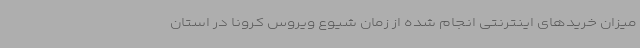
میزان خریدهای اینترنتی انجام شده از زمان شیوع ویروس کرونا در استان